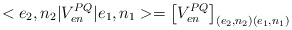
\begin{align*}<e_{2},n_{2}|V_{en}^{PQ}|e_{1},n_{1}>=\left[V_{en}^{PQ}\right]_{(e_{2},n_{2})(e_{1},n_{1})}\end{align*}